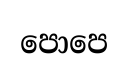
පොපෙ